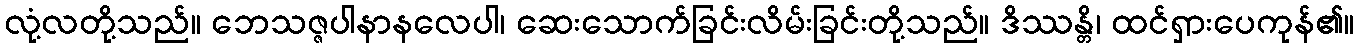
လုံ့လတို့သည်။ ဘေသဇ္ဇပါနာနလေပါ၊ ဆေးသောက်ခြင်းလိမ်းခြင်းတို့သည်။ ဒိဿန္တိ၊ ထင်ရှားပေကုန်၏။